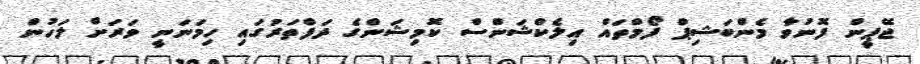
ޖޭޕީން ފޮނުވާ މެންބަޝިޕް ފޯމްތައް އިލެކްޝަންސް ކޮމިޝަންގެ ދަފްތަރުގައި ހިމަނަނީ ވަރަށް ލަހުން